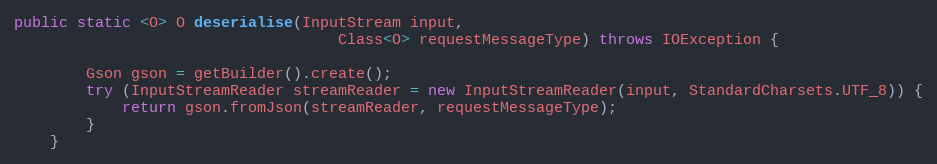
Language: Java
public static <O> O deserialise(InputStream input,
                                    Class<O> requestMessageType) throws IOException {

        Gson gson = getBuilder().create();
        try (InputStreamReader streamReader = new InputStreamReader(input, StandardCharsets.UTF_8)) {
            return gson.fromJson(streamReader, requestMessageType);
        }
    }